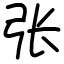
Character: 张